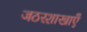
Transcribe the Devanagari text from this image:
जठरशाखाएँ